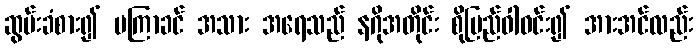
ဆွမ်းခံစား၍ မကြာခင် အသား အရေသည် နဂိုအတိုင်း စိုပြည်ဝါဝင်း၍ အားအင်လည်း